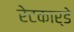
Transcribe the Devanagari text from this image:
रेटकार्डे